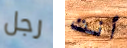
رجل أنت